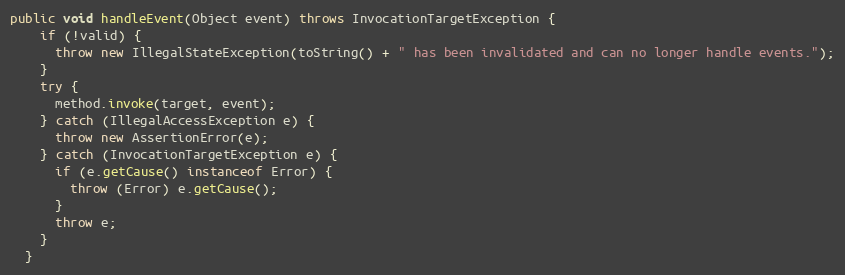
Language: Java
public void handleEvent(Object event) throws InvocationTargetException {
    if (!valid) {
      throw new IllegalStateException(toString() + " has been invalidated and can no longer handle events.");
    }
    try {
      method.invoke(target, event);
    } catch (IllegalAccessException e) {
      throw new AssertionError(e);
    } catch (InvocationTargetException e) {
      if (e.getCause() instanceof Error) {
        throw (Error) e.getCause();
      }
      throw e;
    }
  }